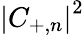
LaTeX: \left|C_{+,n}\right|^{2}